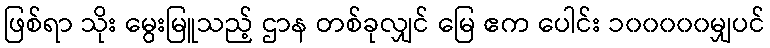
ဖြစ်ရာ သိုး မွေးမြူသည့် ဌာန တစ်ခုလျှင် မြေ ဧက ပေါင်း ၁၀၀၀၀၀မျှပင်